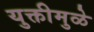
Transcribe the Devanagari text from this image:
युक्तीमुळे